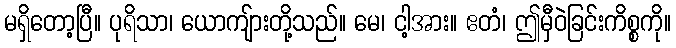
မရှိတော့ပြီ။ ပုရိသာ၊ ယောကျ်ားတို့သည်။ မေ၊ ငါ့အား။ ဧတံ၊ ဤမှီဝဲခြင်းကိစ္စကို။